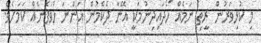
މި ކުޅިވަރުން ރީތި ނަމެއް ހޯދައިދިނުމަކީ އޭނާ ދެކެމުން އަންނަ ހުވަފެނެއް ކަމަށެވެ.